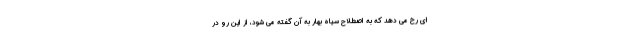
ای رخ می دهد که به اصطلاح سیاه بهار به آن گفته می شود، از این رو در